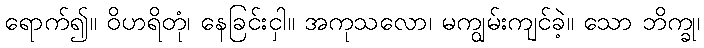
ရောက်၍။ ဝိဟရိတုံ၊ နေခြင်းငှါ။ အကုသလော၊ မကျွမ်းကျင်ခဲ့။ သော ဘိက္ခု၊